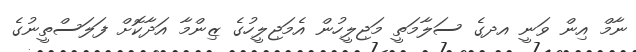
ނާމް އިން ވަނީ އދގެ ސަލާމަތީ މަޖިލީހުން އެމަޖިލީހުގެ ޒިންމާ އަދާކޮށް ފަލަސްތީނުގެ